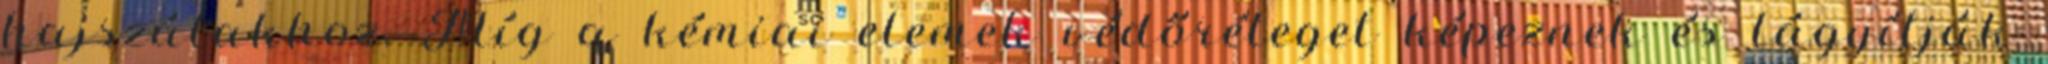
hajszálakhoz. Míg a kémiai elemek védőréteget képeznek és lágyítják